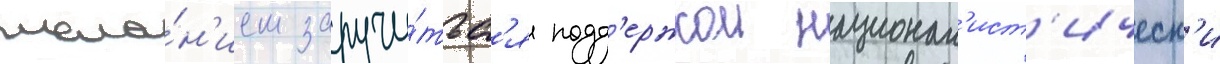
жела́н'ием заручи́тьс'я подд'ержкои национал'ист'ическ'и